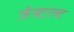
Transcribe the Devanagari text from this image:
जेस्टाल्ट